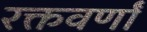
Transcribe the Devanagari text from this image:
रक्तवर्णां